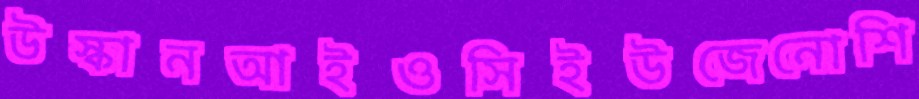
উস্কানআইওসিইউজেনোশি